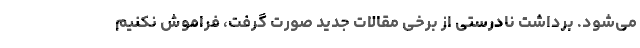
می‌شود. برداشت نادرستی از برخی مقالات جدید صورت گرفت، فراموش نکنیم